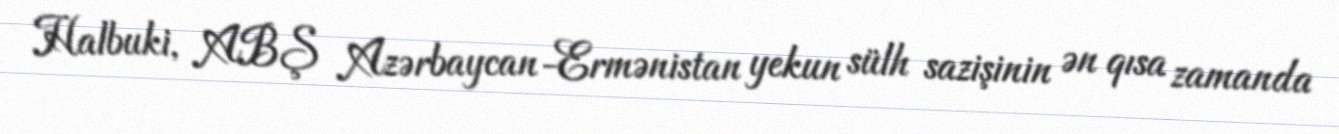
Halbuki, ABŞ Azərbaycan-Ermənistan yekun sülh sazişinin ən qısa zamanda